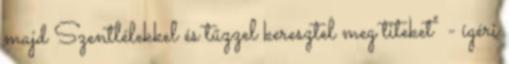
majd Szentlélekkel és tűzzel keresztel meg titeket" - ígéri